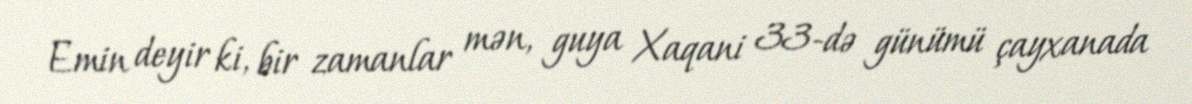
Emin deyir ki, bir zamanlar mən, guya Xaqani 33-də günümü çayxanada